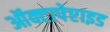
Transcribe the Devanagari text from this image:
ऑक्टापेप्टाइड